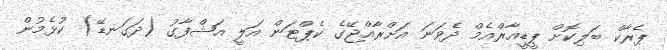
ޕެރާކް ބަލިކޮށް ޕީޑީއާރްއެމް ދެވަނަ އަށްރާއްޖޭގެ ކެޕްޓަން އަލީ އަޝްފާގު (ދަގަނޑޭ) ކުޅެމުން